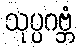
သုပ္ပဂဗ္ဘံ